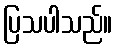
ပြသပါသည်။